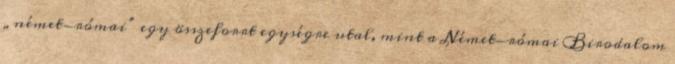
„német-római” egy összeforrt egységre utal, mint a Német-római Birodalom